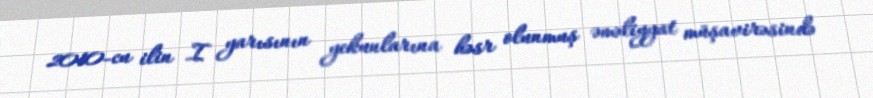
2010-cu ilin I yarısının yekunlarına həsr olunmuş əməliyyat müşavirəsində